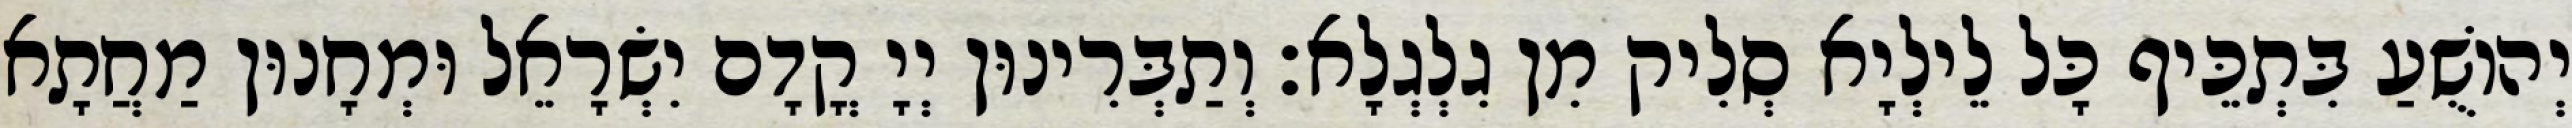
יְהוֹשֻׁעַ בִּתְכֵּיף כָּל לֵילְיָא סְלִיק מִן גִלְגְלָא׃ וְתַבְּרִינוּן יְיָ קֳדָם יִשְׂרָאֵל וּמְחָנוּן מַחֲתָא